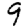
Digit: 9